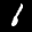
Label: 1